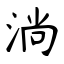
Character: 淌